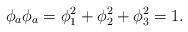
LaTeX: \begin{align*}\phi_a\phi_a =\phi_1^2+\phi_2^2+\phi_3^2 =1.\end{align*}